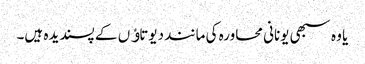
یا وہ سبھی یونانی محاورہ کی مانند دیوتاﺅں کے پسندیدہ ہیں۔